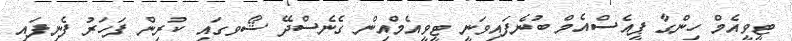
ޓީވީއެމް ހިންގާ ޕީއެސްއެމް ބުނެފައިވަނީ ޓީވީއެމްއިން ގެނެސްދޭ ޝޯވގައި ކުރިން ފަހަރު ފެނިފައި